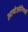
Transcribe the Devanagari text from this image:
आयोओनियाई